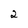
Character: 2